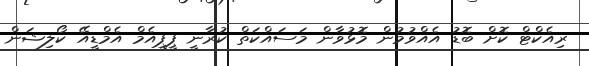
ރިއެކްޓް ކޮށް ބޮޑު އެއްވުމުން މޮޅުވާން މަސައްކަތް ކުރާނީ ޕީޕީއެމް އެމްޑީއޭ ކޯލިޝަން